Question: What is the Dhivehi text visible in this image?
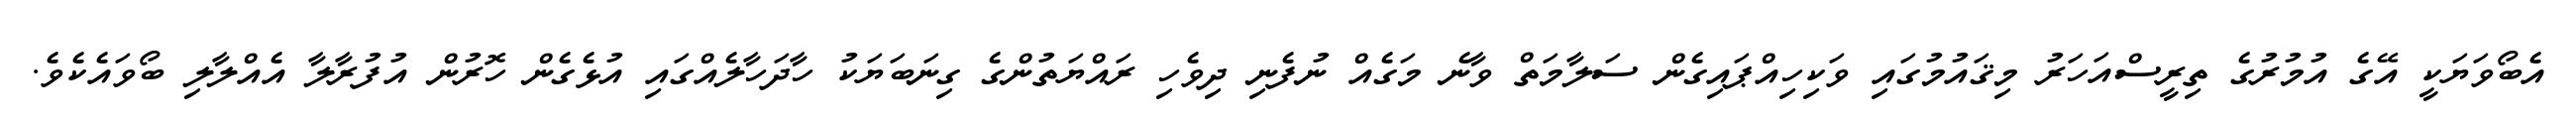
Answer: އެބޯވަޔަކީ އޭގެ އުމުރުގެ ތިރީސްއަހަރު މިޤައުމުގައި ވަކިހިއްޕައިގެން ސަލާމަތް ވާނެ މަގެއް ނުފެނި ދިވެހި ރައްޔަތުންގެ ގިނަބަޔަކު ހާދަހާލެއްގައި އުޅެގެން ހޮރުން އުފުރާލާ އެއްލާލި ބޯވައެކެވެ.